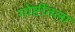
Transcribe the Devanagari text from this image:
गोष्टींतला